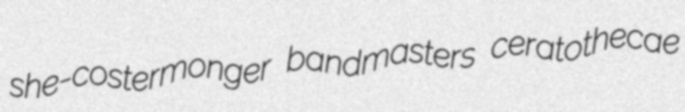
she-costermonger bandmasters ceratothecae